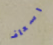
اسعاف